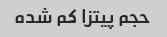
حجم پیتزا کم شده